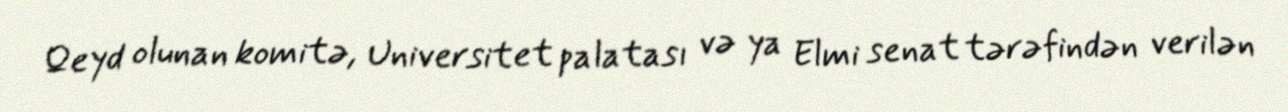
Qeyd olunan komitə, Universitet palatası və ya Elmi senat tərəfindən verilən